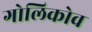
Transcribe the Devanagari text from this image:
गोलिकोव